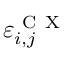
\varepsilon _ { i , j } ^ { \mathrm { ~ C ~ X ~ } }